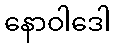
နောဝါဒေါ